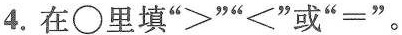
4.在○里填”>””<”或”=” 。